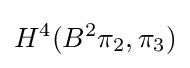
H^{4}(B^{2}\pi _{2},\pi _{3})